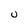
Character: U